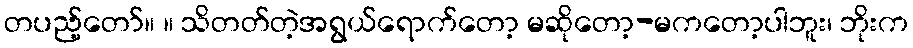
တပည့်တော်။ ။ သိတတ်တဲ့အရွယ်ရောက်တော့ မဆိုတော့-မကတော့ပါဘူး၊ ဘိုးက